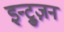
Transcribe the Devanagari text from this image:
इन्ट्रुज़न